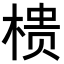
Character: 𭫀